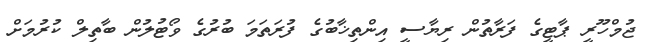
ޖުމްހޫރީ ޕާޓީގެ ފަރާތުން ރިޔާސީ އިންތިޚާބުގެ ފުރަތަމަ ބުރުގެ ވޯޓުލުން ބާތިލް ކުރުމަށް